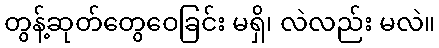
တွန့်ဆုတ်တွေဝေခြင်း မရှိ၊ လဲလည်း မလဲ။